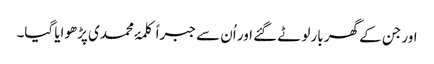
اور جن کے گھر بار لوٹے گئے اور اُن سے جبراً کلمۂ محمدی پڑھوایا گیا۔